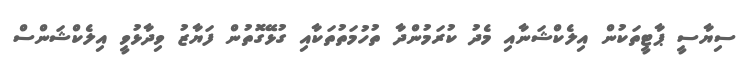
ސިޔާސީ ޕާޓީތަކުން އިލެކްޝަނާއި މެދު ކުރަމުންދާ ތުހުމަތުތަކާއި ގުޅޭގޮތުން ފަޔާޒު ވިދާޅުވީ އިލެކްޝަންސް